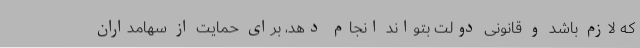
که لازم باشد و قانونی دولت بتواند انجام دهد، برای حمایت از سهامداران